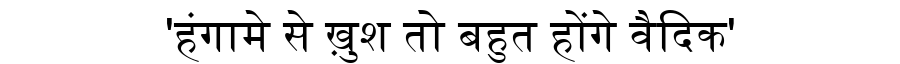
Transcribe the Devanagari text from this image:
'हंगामे से ख़ुश तो बहुत होंगे वैदिक'